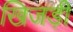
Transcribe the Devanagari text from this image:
खिजड़ी